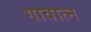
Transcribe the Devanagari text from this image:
गावात्न